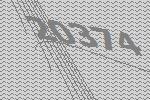
20374